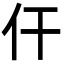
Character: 仠